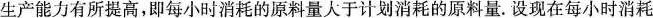
生产能力有所提高，即每小时消耗的原料量大于计划消耗